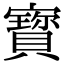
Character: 寳